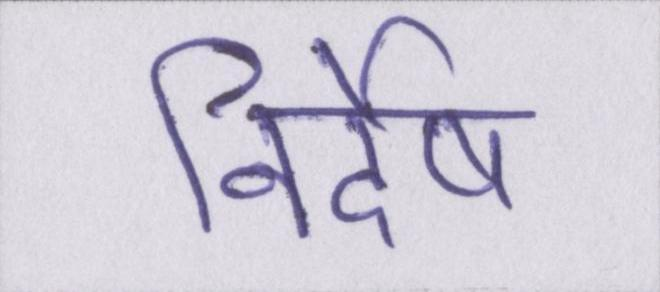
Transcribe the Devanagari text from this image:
निर्देष